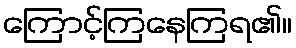
ကြောင့်ကြနေကြရ၏။